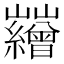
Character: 𡿘